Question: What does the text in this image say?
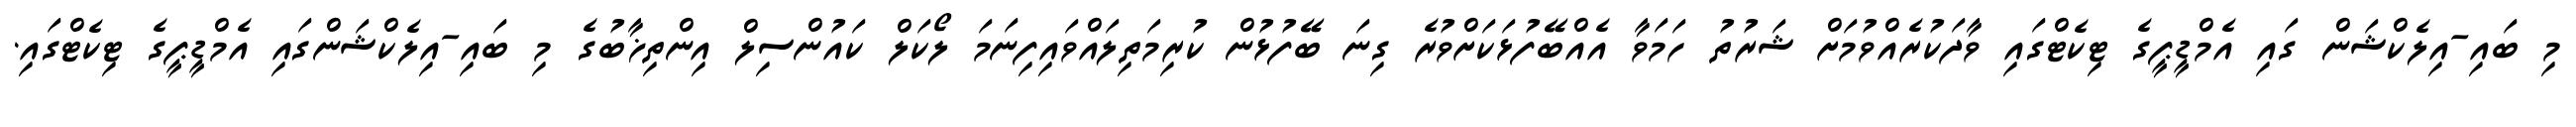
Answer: މި ބައި-އިލެކްޝަން ގައި އެމްޑީޕީގެ ޓިކެޓްގައި ވާދަކުރެއްވުމަށް ޝަރުތު ހަމަވާ އެއްބޭފުޅަކަށްވުރެ ގިނަ ބޭފުޅުން ކުރިމަތިލައްވައިފިނަމަ ލޯކަލް ކައުންސިލް އިންތިޚާބުގެ މި ބައި-އިލެކްޝަންގައި އެމްޑީޕީގެ ޓިކެޓްގައި.